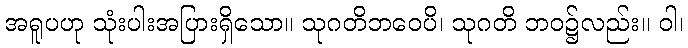
အရူပဟု သုံးပါးအပြားရှိသော။ သုဂတိဘဝေပိ၊ သုဂတိ ဘဝ၌လည်း။ ဝါ၊